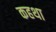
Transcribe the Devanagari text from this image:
कहथा